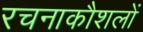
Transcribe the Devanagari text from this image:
रचनाकौशलों